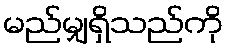
မည်မျှရှိသည်ကို